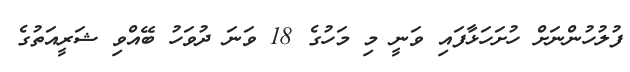
ފުލުހުންނަށް ހުށަހަޅާފައި ވަނީ މި މަހުގެ 18 ވަނަ ދުވަހު ބޭއްވި ޝަރީއަތުގެ